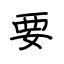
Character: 要